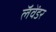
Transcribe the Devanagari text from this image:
लॅवेंडर